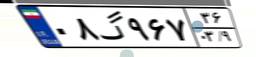
۰۸گ۹۶۷۳۶